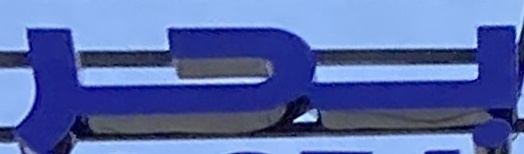
بحر